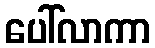
ပေါ်လာကာ